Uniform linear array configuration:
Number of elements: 24
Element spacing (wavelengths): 0.25
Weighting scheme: cosine
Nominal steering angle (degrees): -15
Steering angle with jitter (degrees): -16.048
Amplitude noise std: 0.05
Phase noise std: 0.05

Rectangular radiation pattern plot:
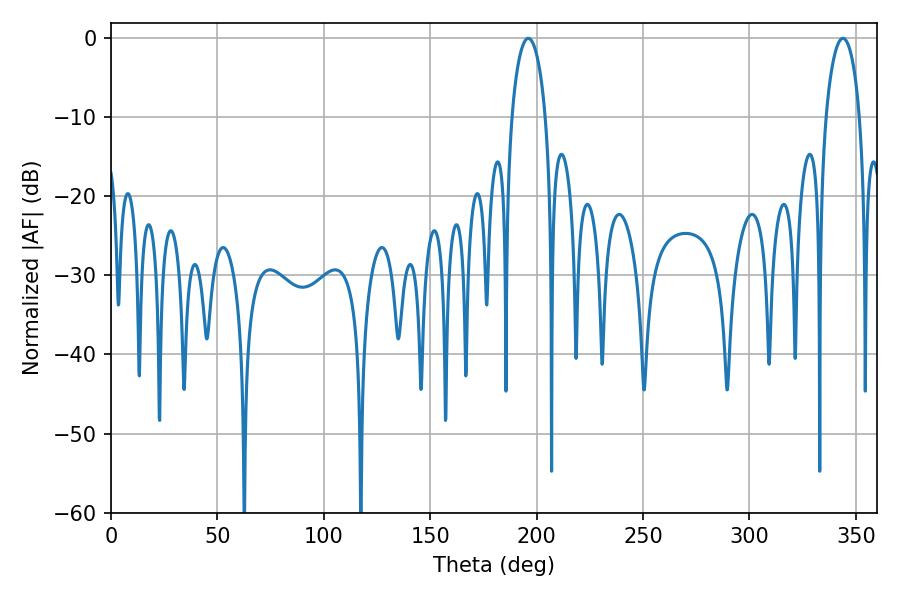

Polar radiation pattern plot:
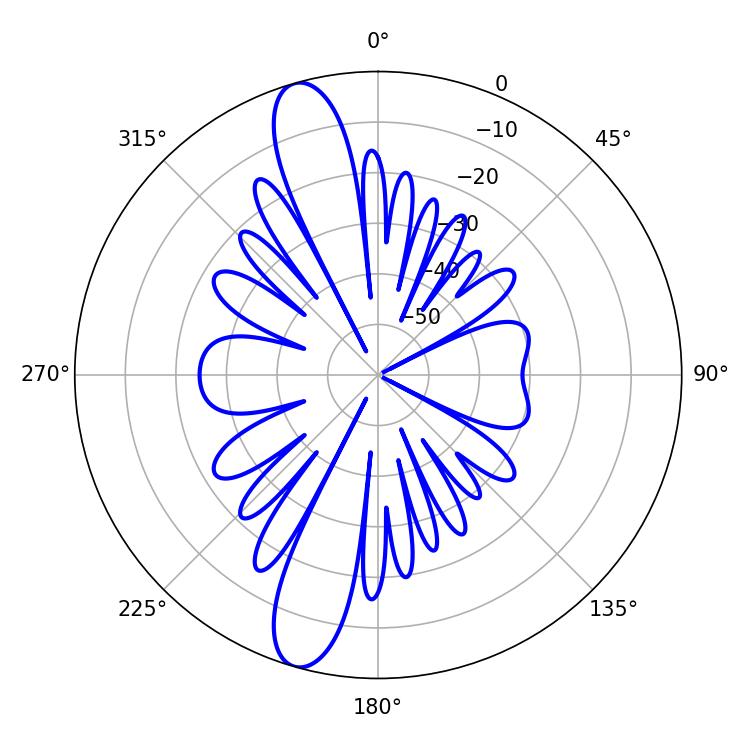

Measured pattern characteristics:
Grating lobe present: FALSE
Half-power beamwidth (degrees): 9.18
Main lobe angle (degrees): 196.02